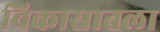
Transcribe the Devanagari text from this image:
विकासातला